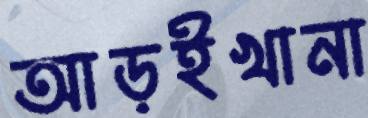
আড়ইখানা